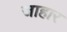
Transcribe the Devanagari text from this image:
जाहार